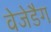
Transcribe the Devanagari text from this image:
वेजेडैग